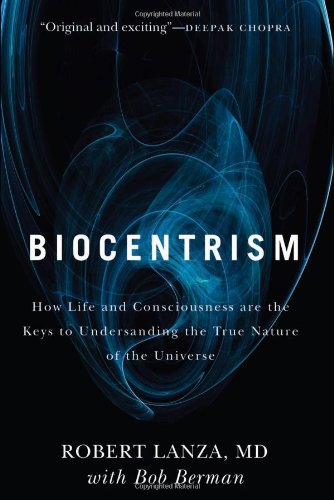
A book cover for Biocentrism: How Life and Consciousness are the Keys to Understanding the True Nature of the Universe; Robert Lanza; Science & Math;